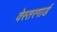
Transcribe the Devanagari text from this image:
वेस्तरगार्ड